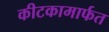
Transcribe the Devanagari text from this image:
कीटकामार्फत